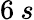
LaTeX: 6\: s